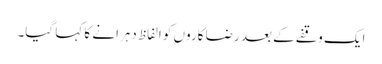
ایک وقفے کے بعد رضا کاروں کو الفاظ دہرانے کا کہا گیا۔